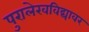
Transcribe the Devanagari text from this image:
पुरालेखविद्यावर